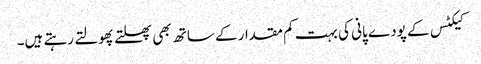
کیکٹس کے پودے پانی کی بہت کم مقدار کے ساتھ بھی پھلتے پھولتے رہتے ہیں۔